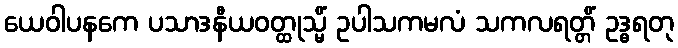
ယေဝါပနကေ ပသာဒနီယဝတ္ထုသ္မိံ ဥပါသကမလံ သကလရတ္တိံ ဥဒ္ဓရတု